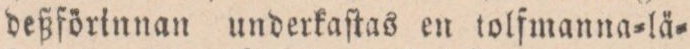
deßförinnan underkaſtas en tolfmanna=lä=